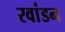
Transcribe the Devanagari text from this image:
रवांडन